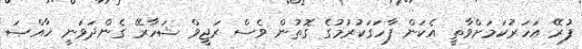
ފުރޭ އަހަރުކަމަށްވާތީ އެކަން ފާހަގަކުރުމުގެ ގޮތުން ވެސް ރަޖީވް ޝަހާރޭ ގެންދަވަނީ ޚާއްޞަ